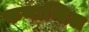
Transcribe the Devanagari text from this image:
कणान्तिल